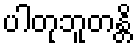
ပါတုဘူတန္တိ